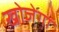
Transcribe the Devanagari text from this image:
खोजेगा